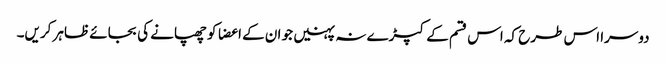
دوسرا اس طرح کہ اس قسم کے کپڑے نہ پہنیں جو ان کے اعضا کو چھپانے کی بجائے ظاہر کریں۔